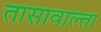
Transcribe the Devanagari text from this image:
तासावाल्ता